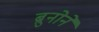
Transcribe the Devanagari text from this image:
ब्रुनोने